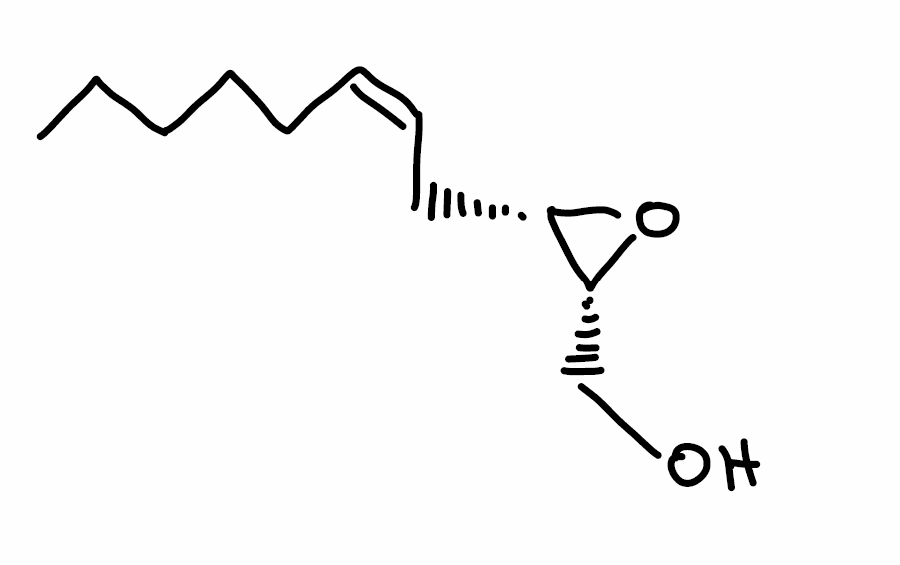
Simplified molecular-input line-entry system (SMILES) notation of the given molecule:
CCCCC/C=C\C[C@H]1[C@H](O1)CO